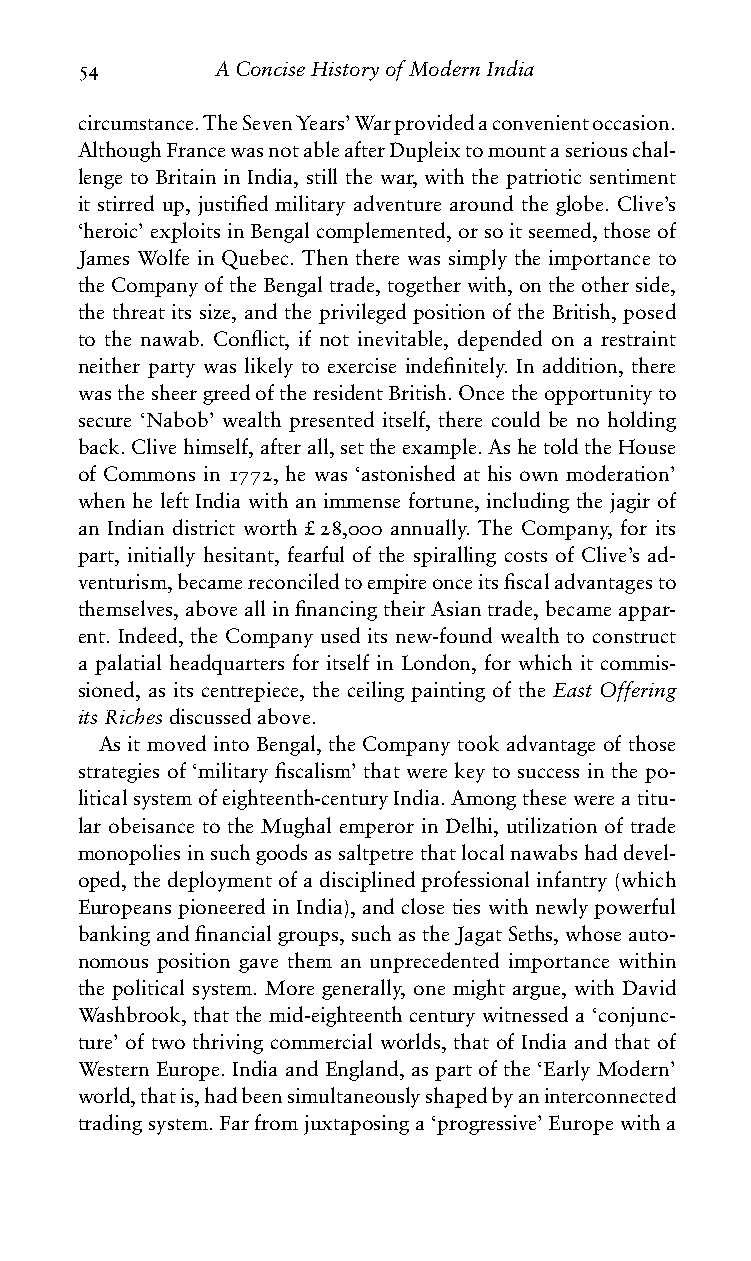
54       AConciseHistoryofModernIndia
 circumstance.TheSevenYears’Warprovidedaconvenientoccasion.
 AlthoughFrancewasnotableafterDupleixtomountaseriouschal-
 lenge to Britain in India, still the war, with the patriotic sentiment
 it stirred up, justified military adventure around the globe. Clive’s
 ‘heroic’exploitsinBengalcomplemented,orsoitseemed,thoseof
 James Wolfe in Quebec. Then there was simply the importance to
 theCompanyoftheBengaltrade,togetherwith,ontheotherside,
 the threat its size, and the privileged position of the British, posed
 to the nawab. Conflict, if not inevitable, depended on a restraint
 neither party was likely to exercise indefinitely. In addition, there
 wasthesheergreedoftheresidentBritish.Oncetheopportunityto
 secure ‘Nabob’ wealth presented itself, there could be no holding
 back.Clivehimself,afterall,settheexample.AshetoldtheHouse
 of Commons in 1772, he was ‘astonished at his own moderation’
 when he left India with an immense fortune, including the jagir of
 an Indian district worth £28,000 annually. The Company, for its
 part, initially hesitant, fearful of the spiralling costs of Clive’s ad-
 venturism,becamereconciledtoempireonceitsfiscaladvantagesto
 themselves,aboveallinfinancingtheirAsiantrade,becameappar-
 ent. Indeed, the Company used its new-found wealth to construct
 a palatial headquarters for itself in London, for which it commis-
 sioned, as its centrepiece, the ceiling painting of the East Offering
 itsRichesdiscussedabove.
 As it moved into Bengal, the Company took advantage of those
 strategies of ‘military fiscalism’ that were key to success in the po-
 liticalsystemofeighteenth-centuryIndia.Amongthesewereatitu-
 lar obeisance to the Mughal emperor in Delhi, utilization of trade
 monopoliesinsuchgoodsassaltpetrethatlocalnawabshaddevel-
 oped,thedeploymentofadisciplinedprofessionalinfantry(which
 Europeans pioneered in India), and close ties with newly powerful
 bankingandfinancialgroups,suchastheJagatSeths,whoseauto-
 nomous position gave them an unprecedented importance within
 the political system. More generally, one might argue, with David
 Washbrook, that the mid-eighteenth century witnessed a ‘conjunc-
 ture’ of two thriving commercial worlds, that of India and that of
 Western Europe. India and England, as part of the ‘Early Modern’
 world,thatis,hadbeensimultaneouslyshapedbyaninterconnected
 tradingsystem.Farfromjuxtaposinga‘progressive’Europewitha